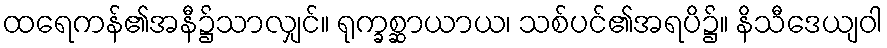
ထရေကန်၏အနီ၌သာလျှင်။ ရုက္ခစ္ဆာယာယ၊ သစ်ပင်၏အရပိ၌။ နိသီဒေယျဝါ